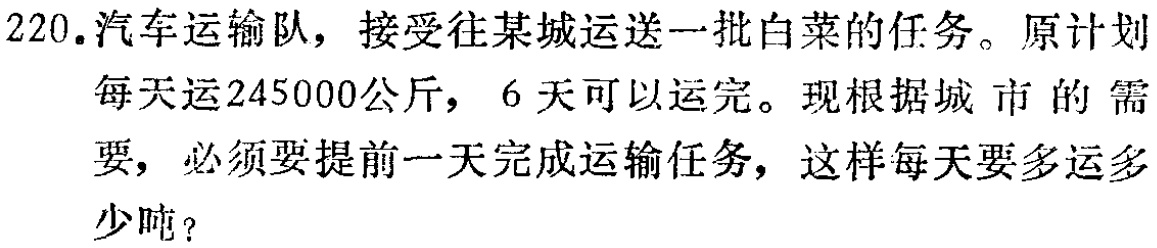
220.汽车运输队，接受往某城运送一批白菜的任务。原计划每天运245000公斤，6天可以运完。现根据城市的需要，必须要提前一天完成运输任务，这样每天要多运多少吨？